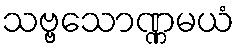
သဗ္ဗသောဏ္ဏမယံ